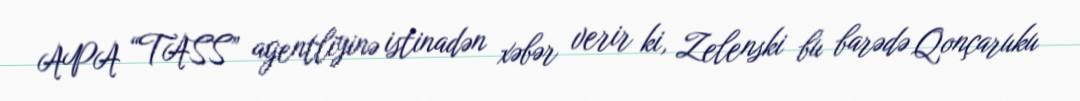
APA “TASS” agentliyinə istinadən xəbər verir ki, Zelenski bu barədə Qonçaruku